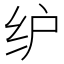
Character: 𰬁